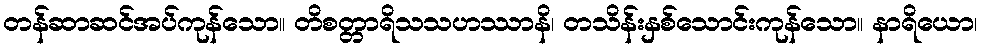
တန်ဆာဆင်အပ်ကုန်သော။ တိစတ္တာရိသသဟဿာနိ၊ တသိန်းနှစ်သောင်းကုန်သော။ နာရိယော၊